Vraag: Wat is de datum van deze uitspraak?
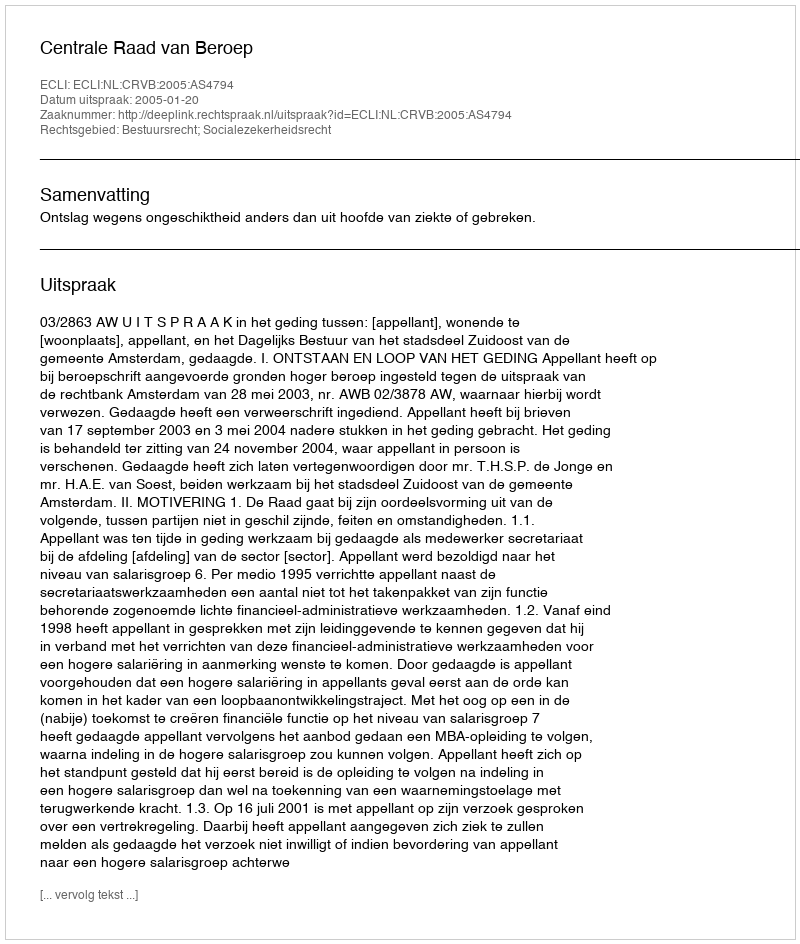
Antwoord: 2005-01-20